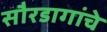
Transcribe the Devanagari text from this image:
सौरडागांचे